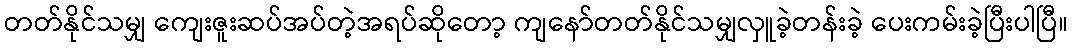
တတ်နိုင်သမျှ ကျေးဇူးဆပ်အပ်တဲ့အရပ်ဆိုတော့ ကျနော်တတ်နိုင်သမျှလှူခဲ့တန်းခဲ့ ပေးကမ်းခဲ့ပြီးပါပြီ။